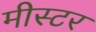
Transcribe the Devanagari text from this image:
मीस्टर